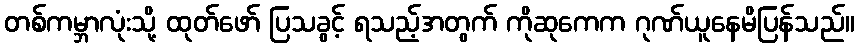
တစ်ကမ္ဘာလုံးသို့ ထုတ်ဖော် ပြသခွင့် ရသည့်အတွက် ကိုဆုကေက ဂုဏ်ယူနေမိပြန်သည်။